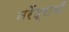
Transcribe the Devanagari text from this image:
नरेंद्राची